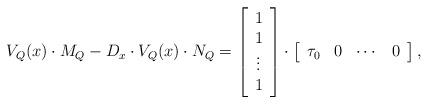
LaTeX: \begin{align*} V_Q(x) \cdot M_Q - D_x \cdot V_Q(x) \cdot N_Q =\left[\begin{array}{c}1 \\1 \\\vdots \\1 \\ \end{array}\right]\cdot\left[\begin{array}{cccc}\tau_0 &0 &\cdots &0 \end{array}\right],\end{align*}